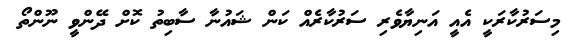
މިސަރުކާރަކީ އެއީ އަނިޔާވެރި ސަރުކާރެއް ކަން ޝައުނާ ސާބިތު ކޮށް ދޭންވީ ނޫންތޯ